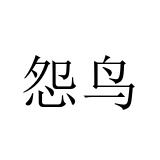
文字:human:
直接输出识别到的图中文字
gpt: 怨鸟